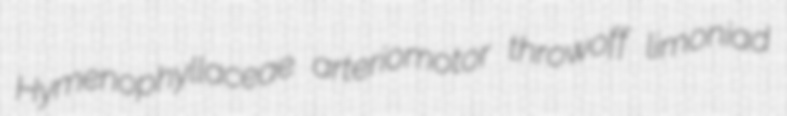
Hymenophyllaceae arteriomotor throwoff limoniad